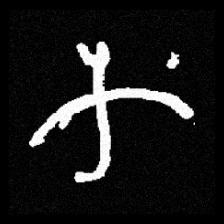
Pyu character \u2014 Myanmar letter: က (romanized: ka)